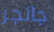
جالجر